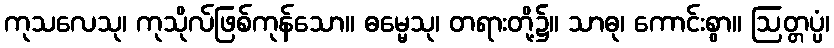
ကုသလေသု၊ ကုသိုလ်ဖြစ်ကုန်သော။ ဓမ္မေသု၊ တရားတို့၌။ သာဓု၊ ကောင်းစွာ။ ဩတ္တပ္ပံ၊